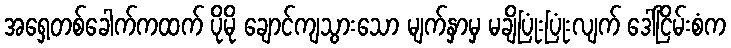
အရှေ့တစ်ခေါက်ကထက် ပိုမို ချောင်ကျသွားသော မျက်နှာမှ မချိပြုံးပြုံးလျက် ဒေါ်ငြိမ်းစံက